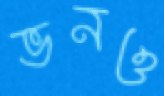
ভনও